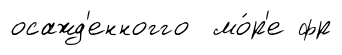
осажд'енногго мо́р'е фр